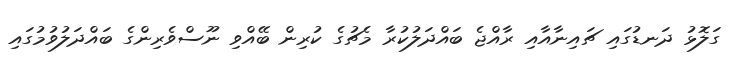
ގަލޮޅު ދަނޑުގައި ޗައިނާއާއި ރާއްޖެ ބައްދަލުކުރާ މެޗުގެ ކުރިން ބޭއްވި ނޫސްވެރިންގެ ބައްދަލުވުުމުގައި